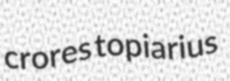
crores topiarius